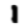
Digit: 1